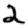
Digit: 2